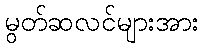
မွတ်ဆလင်များအား